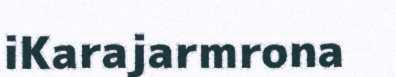
iKarajarmrona